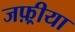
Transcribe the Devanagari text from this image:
जफ़्रीया